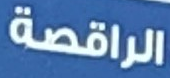
الراقصة